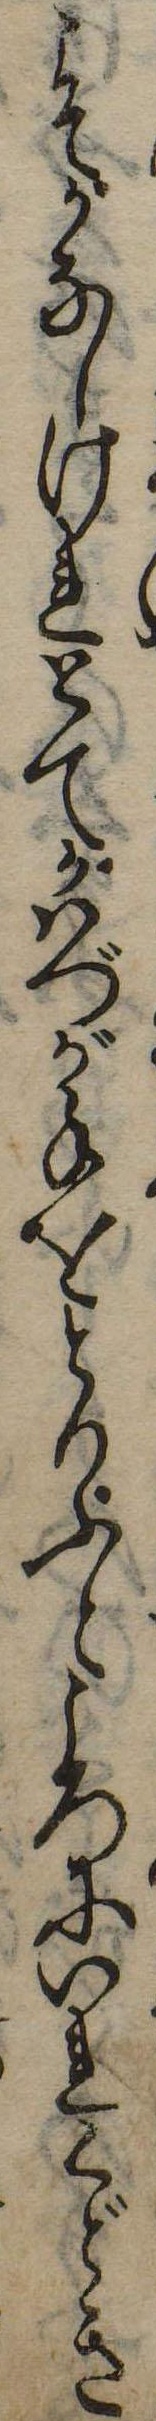
にてかなしけれとてかはづが手をとりふところにいれくどき